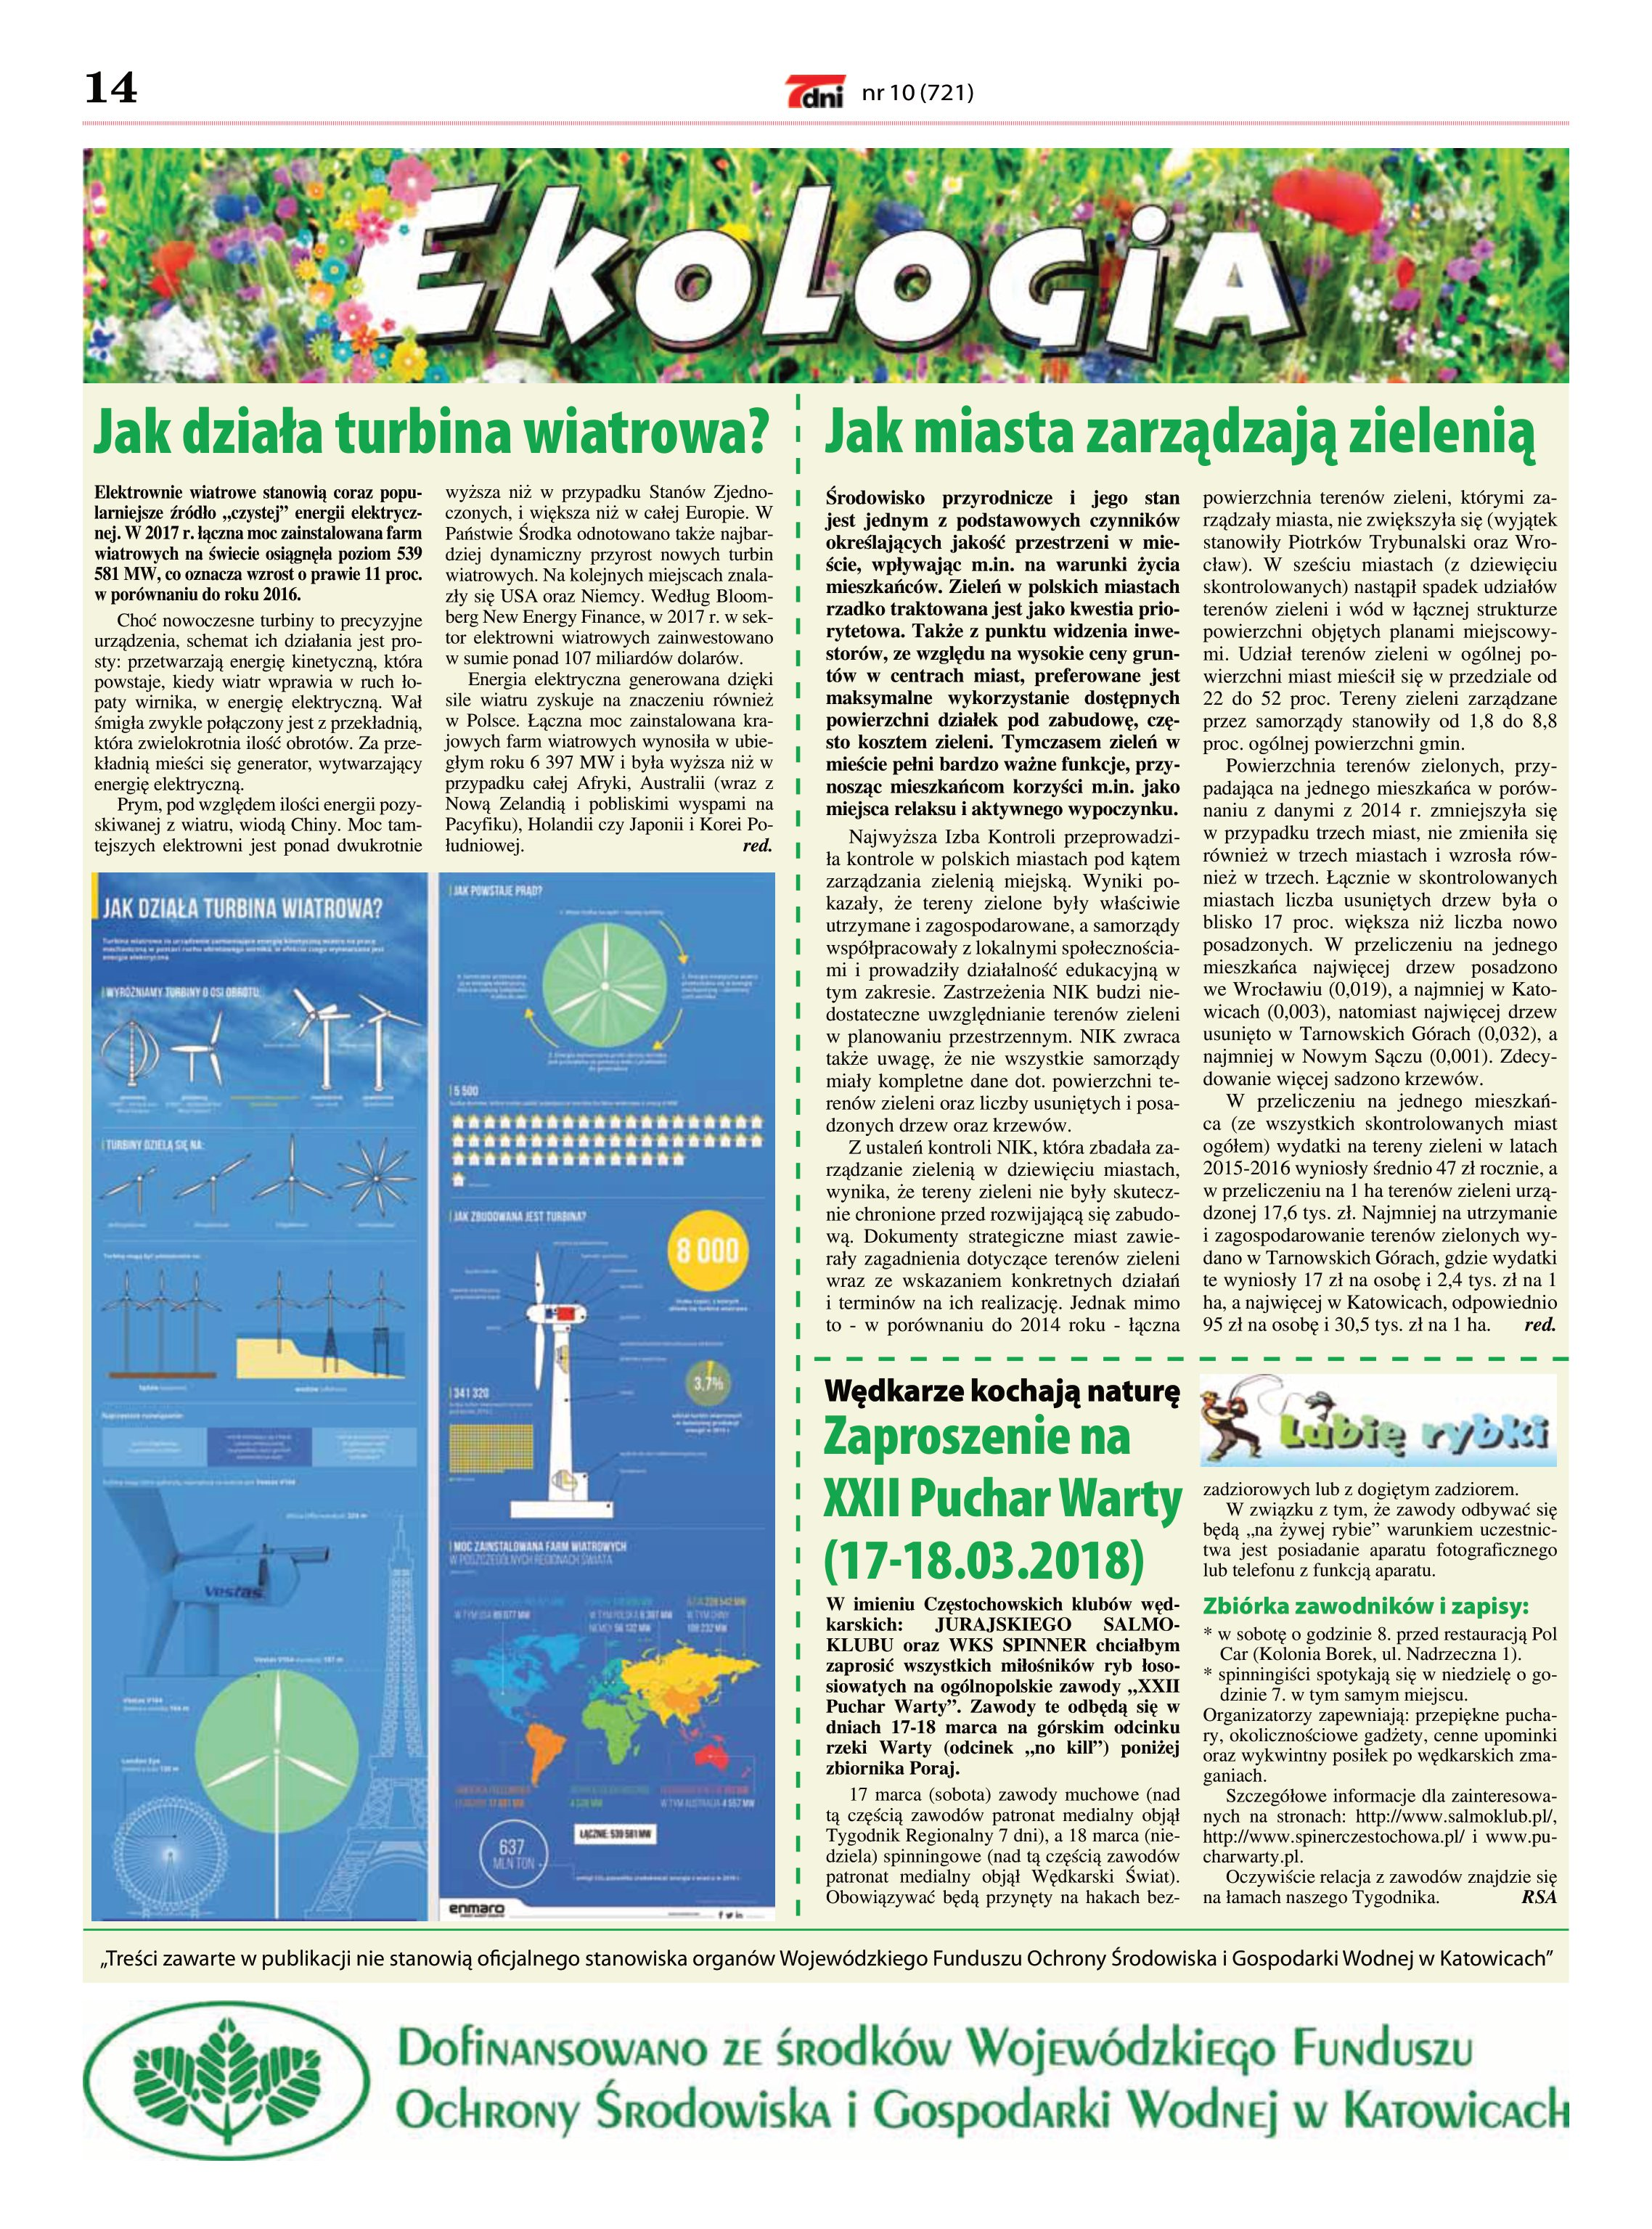
Language: pl